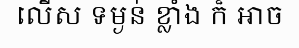
លើស ទម្ងន់ ខ្លាំង ក៏ អាច